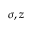
\sigma , z